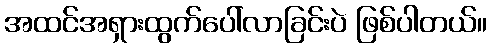
အထင်အရှားထွက်ပေါ်လာခြင်းပဲ ဖြစ်ပါတယ်။